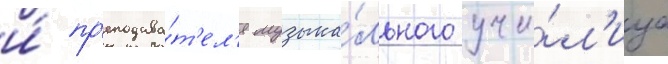
и́ пр'еподава́т'ел'я музыка́льного учи́л'ища